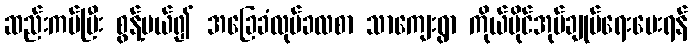
ဆည်းကပ်ပြီး စွန့်ပယ်၍ အခြေခံလုပ်ခလစာ သာကျေးရွာ ကိုယ်ပိုင်အုပ်ချုပ်ရေးပေးရန်